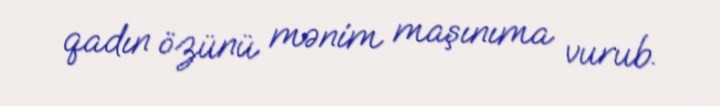
qadın özünü mənim maşınıma vurub.